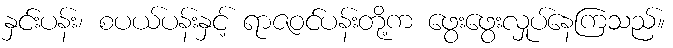
နှင်းပန်း၊ စပယ်ပန်းနှင့် ရာဇဝင်ပန်းတို့က ဖွေးဖွေးလှုပ်နေကြသည်။